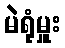
မဲရုံမှူး